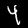
Label: 4